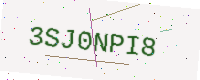
Text: 3SJ0NPI8